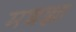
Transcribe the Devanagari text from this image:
मशक्क्त